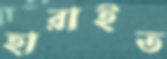
হারাইত